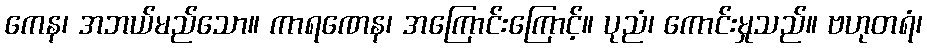
ကေန၊ အဘယ်မည်သော။ ကာရဏေန၊ အကြောင်းကြောင့်။ ပုညံ၊ ကောင်းမှုသည်။ ဗဟုတရံ၊